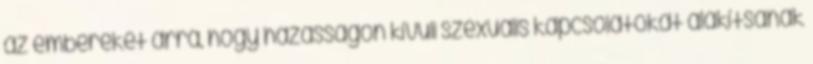
az embereket arra, hogy házasságon kívüli szexuális kapcsolatokat alakítsanak